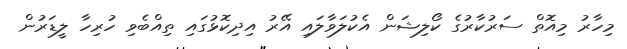
މިހާރު މިއޮތް ސަރުކާރުގެ ކޯލިޝަން އެކުލަވާލައި އޭރު އިދިކޮޅުގައި ތިއްބެވި ހުރިހާ ލީޑަރުން